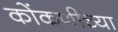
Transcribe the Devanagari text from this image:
कोंकणीच्या